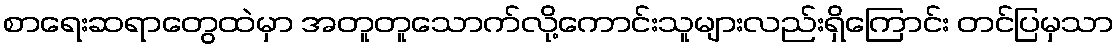
စာရေးဆရာတွေထဲမှာ အတူတူသောက်လို့ကောင်းသူများလည်းရှိကြောင်း တင်ပြမှသာ